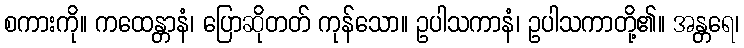
စကားကို။ ကထေန္တာနံ၊ ပြောဆိုတတ် ကုန်သော။ ဥပါသကာနံ၊ ဥပါသကာတို့၏။ အန္တရေ၊